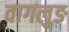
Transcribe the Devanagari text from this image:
वागलुङ